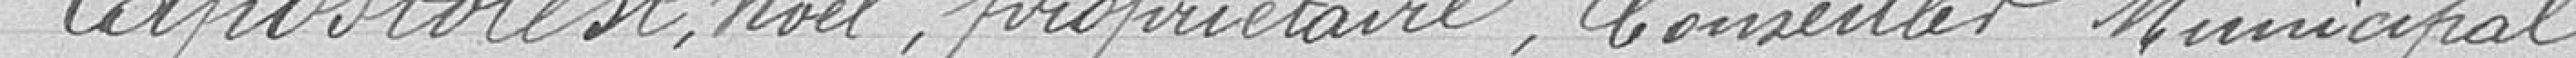
Zapostolest, Noël, propriétaire, Conseiller Municipal,